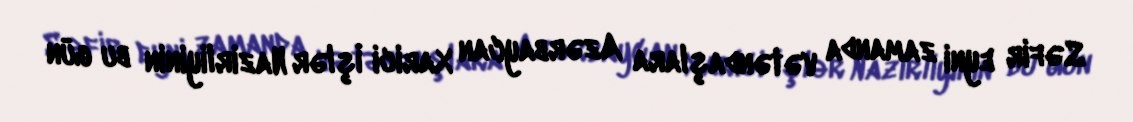
Səfir eyni zamanda vətəndaşlara Azərbaycan Xarici İşlər Nazirliyinin bu gün